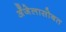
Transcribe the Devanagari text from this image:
अँजेलासोबत